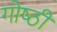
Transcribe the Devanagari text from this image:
गोष्‍ठी